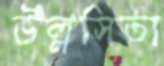
উল্লসিতা